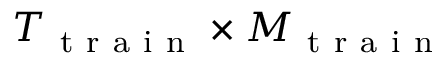
T _ { \mathrm { ~ t ~ r ~ a ~ i ~ n ~ } } \times M _ { \mathrm { ~ t ~ r ~ a ~ i ~ n ~ } }